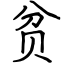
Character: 贫